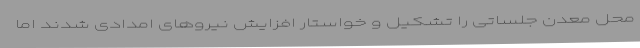
محل معدن جلساتی را تشکیل و خواستار افزایش نیروهای امدادی شدند اما